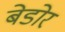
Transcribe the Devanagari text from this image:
बेडोर